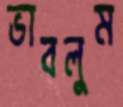
ভাবলুম